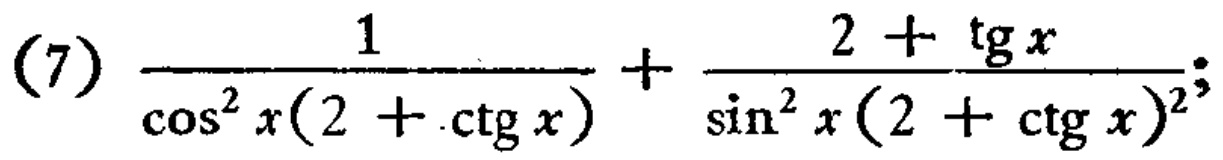
(7) \(\frac{1}{\cos^{2}x(2 + \text{ctg}x)}+\frac{2+\text{tg}x}{\sin^{2}x(2 + \text{ctg}x)^{2}}\)